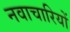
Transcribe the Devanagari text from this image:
नवाचारियों